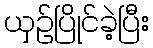
ယှဉ်ပြိုင်ခဲ့ပြီး